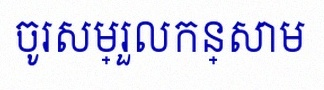
ចូរសម្រួលកន្សោម